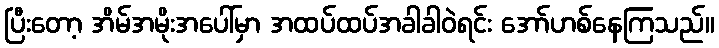
ပြီးတော့ အိမ်အမိုးအပေါ်မှာ အထပ်ထပ်အခါခါဝဲရင်း အော်ဟစ်နေကြသည်။